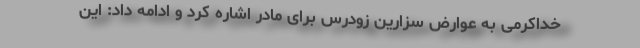
خداکرمی به عوارض سزارین زودرس برای مادر اشاره کرد و ادامه داد: این